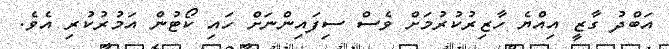
އަބްދު ގާޒީ އިއްޔެ ހާޒިރުކުރުމަށް ވެސް ސިފައިންނަށް ހައި ކޯޓުން އަމުރުކުރި އެވެ.